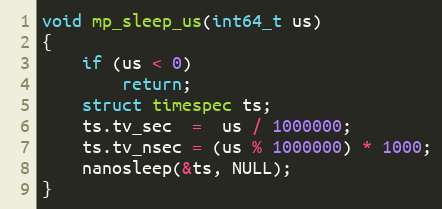
Language: C
void mp_sleep_us(int64_t us)
{
    if (us < 0)
        return;
    struct timespec ts;
    ts.tv_sec  =  us / 1000000;
    ts.tv_nsec = (us % 1000000) * 1000;
    nanosleep(&ts, NULL);
}